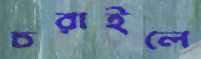
চরাইলে